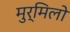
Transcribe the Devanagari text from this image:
मुर्मिलो